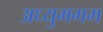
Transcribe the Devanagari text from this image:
अध्युमगम